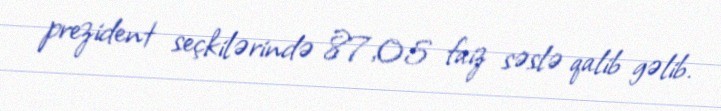
prezident seçkilərində 87,05 faiz səslə qalib gəlib.